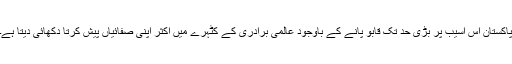
پاکستان اس آسیب پر بڑی حد تک قابو پانے کے باوجود عالمی برادری کے کٹہرے میں اکثر اپنی صفائیاں پیش کرتا دکھائی دیتا ہے۔